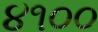
૪૧૦૦